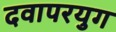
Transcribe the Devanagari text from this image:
दवापरयुग